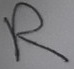
Text: R